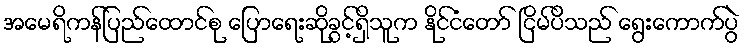
အမေရိကန်ပြည်ထောင်စု ပြောရေးဆိုခွင့်ရှိသူက နိုင်ငံတော် ငြိမ်ပိသည် ရွေးကောက်ပွဲ